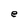
Character: e